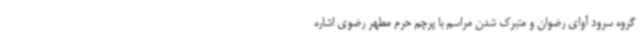
گروه سرود آوای رضوان و متبرک شدن مراسم با پرچم حرم مطهر رضوی اشاره